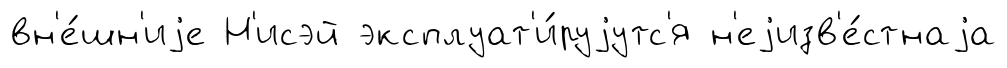
вн'е́шн'иjе Н'исэй эксплуат'и́руjутс'я н'еjизв'е́стнаjа